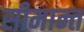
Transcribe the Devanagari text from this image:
सीमान्‍त